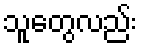
သူတွေလည်း